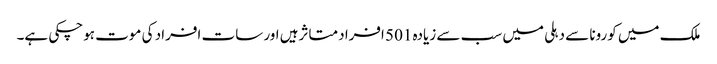
ملک میں کورونا سے دہلی میں سب سے زیادہ 501 افراد متاثرہیں اور سات افراد کی موت ہوچکی ہے۔